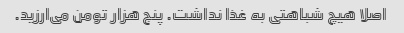
اصلا هیچ شباهتی به غذا نداشت. پنج هزار تومن می‌ارزید.